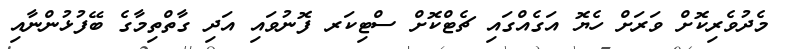
މެދުވެރިކޮށް ވަރަށް ހެޔޮ އަގެއްގައި ޗެޓްކޮށް ސްޓިކަރ ފޮނުވައި އަދި ގާތްތިމާގެ ބޭފުޅުންނާއި